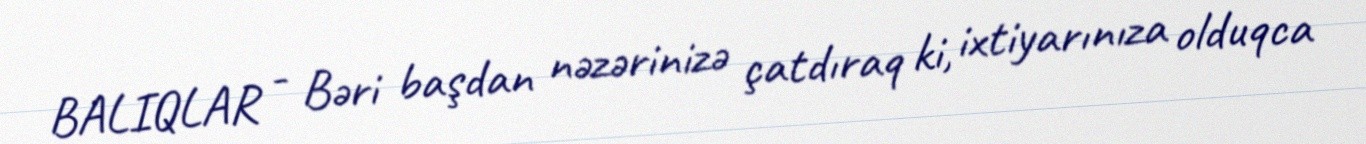
BALIQLAR - Bəri başdan nəzərinizə çatdıraq ki, ixtiyarınıza olduqca